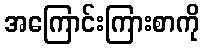
အကြောင်းကြားစာကို